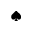
\spadesuit